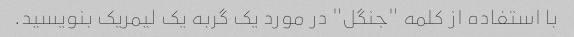
با استفاده از کلمه "جنگل" در مورد یک گربه یک لیمریک بنویسید.